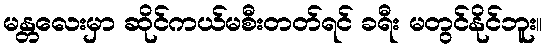
မန္တလေးမှာ ဆိုင်ကယ်မစီးတတ်ရင် ခရီး မတွင်နိုင်ဘူး။